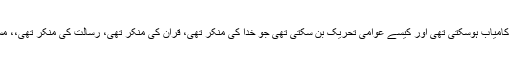
سوال یہ ہے کہ ایک ایسی معاشرت میں وہ تحریک کیسے کامیاب ہوسکتی تھی اور کیسے عوامی تحریک بن سکتی تھی جو خدا کی منکر تھی، قرآن کی منکر تھی، رسالت کی منکر تھی،، مسلمانوں کی تہذیبی روایت اور ان کی تاریخ کی منکر تھی؟